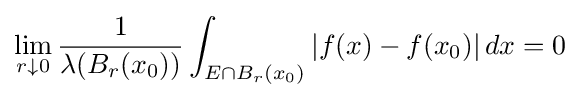
\lim _{r\downarrow 0}{\frac {1}{\lambda (B_{r}(x_{0}))}}\int _{E\cap B_{r}(x_{0})}|f(x)-f(x_{0})|\,dx=0